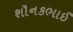
શૌનકભાઈ